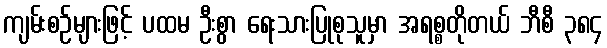
ကျမ်းစဉ်များဖြင့် ပထမ ဦးစွာ ရေးသားပြုစုသူမှာ အရစ္စတိုတယ် ဘီစီ ၃၈၄